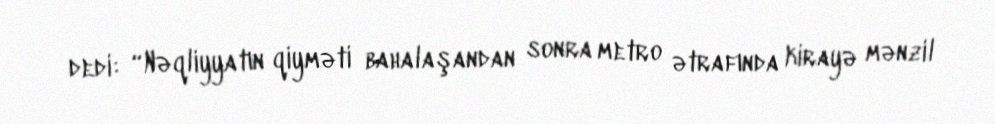
dedi: “Nəqliyyatın qiyməti bahalaşandan sonra metro ətrafında kirayə mənzil